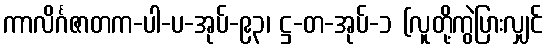
ကာလိင်္ဂဇာတက-ပါ-ပ-အုပ်-၉၃၊ ဋ္ဌ-တ-အုပ်-၁ (လူတို့ကွဲပြားလျှင်